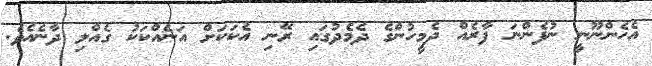
އެހެންނޫނީ ނުފެންނަ ފާރެއް ދެމީހުންގެ ދެމެދުގައި ރޭނި އެކަކަށް އަނެއްކަކު ގެއްލި ދާނެއެވެ.